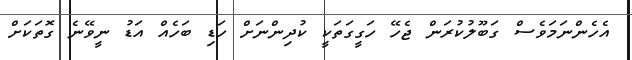
އެހެންނަމަވެސް ގަބޫލުކުރަން ޖެހޭ ހަގީގަތަކީ ކުދިންނަށް ހަޑި ބަހެއް އަޑު ނީވޭނެ ގޮތަކަށް